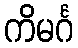
ကိမင်္ဂ